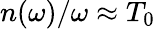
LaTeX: n(\omega)/\omega\approx T_{0}